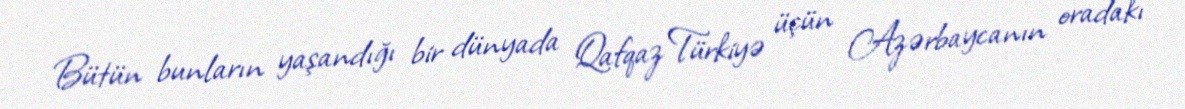
Bütün bunların yaşandığı bir dünyada Qafqaz Türkiyə üçün Azərbaycanın oradakı